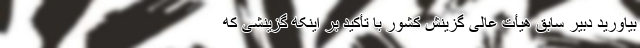
بیاورید دبیر سابق هیأت عالی گزینش کشور با تأکید بر اینکه گزینشی که